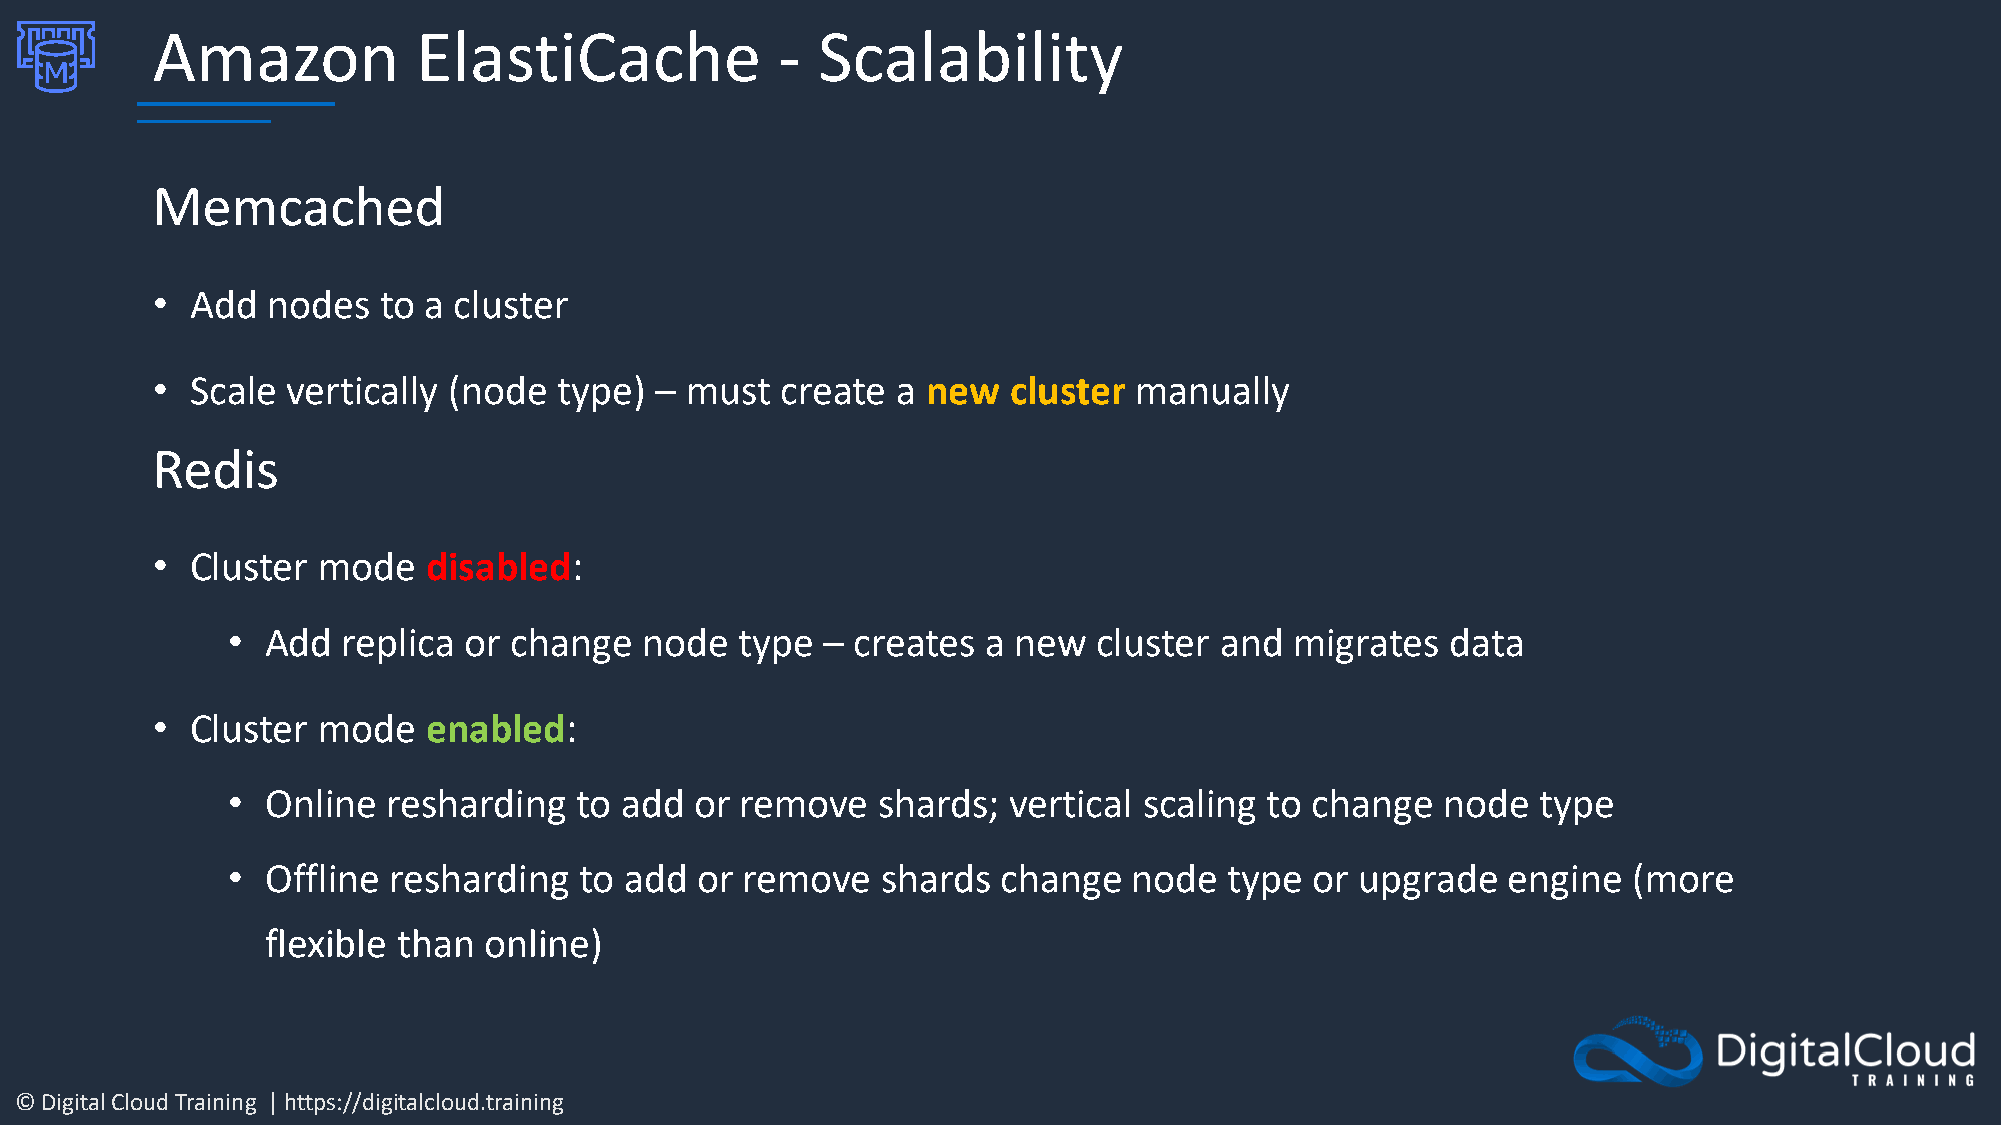
Amazon            ElastiCache            -  Scalability
 Memcached
 •  Add  nodes  to a cluster
 •  Scale vertically (node  type) – must   create a new   cluster manually
 Redis
 •  Cluster mode   disabled:
 •  Add  replica or change   node  type – creates  a new   cluster and  migrates  data
 •  Cluster mode   enabled:
 •  Online  resharding  to add  or remove   shards;  vertical scaling to change  node   type
 •  Offline resharding  to add  or remove   shards  change   node  type  or upgrade   engine  (more
 flexible than online)
 © Digital Cloud Training | https://digitalcloud.training